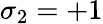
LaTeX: \sigma_{2}=+1